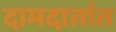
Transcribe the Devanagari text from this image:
दामदातांत